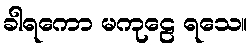
ခါရကော မကုဠေ ရသေ။